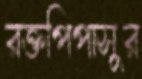
রক্তপিপাসুর